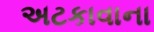
અટકાવાના